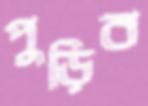
পুড়িব